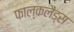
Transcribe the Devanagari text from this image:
फाल्कलैंड्स